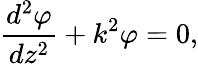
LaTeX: \frac{d^{2}\varphi}{dz^{2}}+k^{2}\varphi=0,